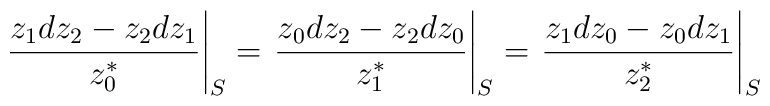
\left.{z_1 dz_2- z_2 dz_1\over z_0^*}\right|_{S}=\left.{z_0 dz_2- z_2 dz_0\over z_1^*}\right|_{S}=\left.{z_1 dz_0- z_0 dz_1\over z_2^*}\right|_{S}